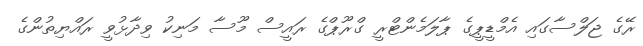
ރޭގެ ޖަލްސާގައި އެމްޑީޕީގެ ޕާލަމެންޓްރީ ގްރޫޕްގެ ރައީސް މޫސާ މަނިކު ވިދާޅުވީ ރައްޔިތުންގެ